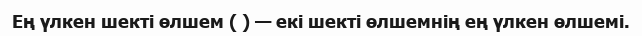
Ең үлкен шекті өлшем ( ) — екі шекті өлшемнің ең үлкен өлшемі.